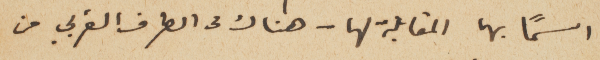
اسماً بها المقابلة لها – هناك من الطرف الغربي من